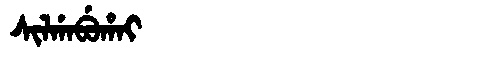
Manchu: ᠰᡳᠯᡤᠠᠪᡠᡥᠠᡳ
Romanization: SILGABUHAI